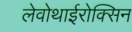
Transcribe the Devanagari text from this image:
लेवोथाईरोक्सिन